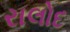
રાલોદ